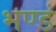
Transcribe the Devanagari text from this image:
भण्डं